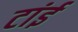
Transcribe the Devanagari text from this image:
टांई